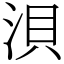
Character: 浿